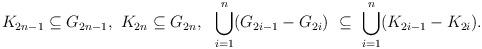
LaTeX: \begin{align*} K_{2n-1}\subseteq G_{2n-1},\ K_{2n} \subseteq G_{2n}, \ \ \bigcup_{i = 1}^n (G_{2i-1}-G_{2i}) \ \subseteq\ \bigcup_{i = 1}^n (K_{2i-1} - K_{2i}). \end{align*}